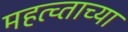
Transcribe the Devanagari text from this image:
महत्व्ताच्या